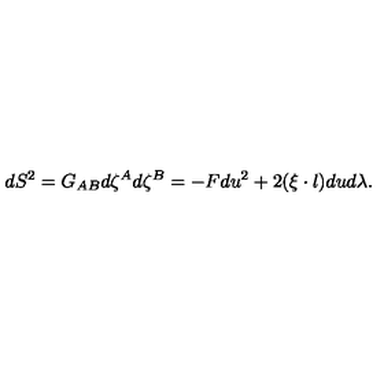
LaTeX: d S ^ { 2 } = G _ { A B } d \zeta ^ { A } d \zeta ^ { B } = - F d u ^ { 2 } + 2 ( \xi \cdot l ) d u d \lambda .